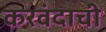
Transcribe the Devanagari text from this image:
करवंदाची